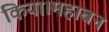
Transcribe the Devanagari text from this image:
किया।महाबन